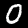
Digit: 0